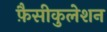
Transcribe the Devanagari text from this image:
फ़ैसीकुलेशन